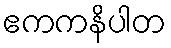
ဧကကနိပါတ